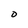
Character: O